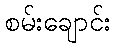
စမ်းချောင်း